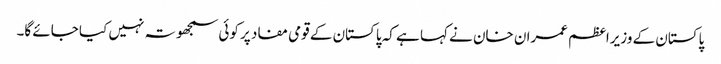
پاکستان کے وزیراعظم عمران خان نے کہا ہے کہ پاکستان کے قومی مفاد پر کوئی سمجھوتہ نہیں کیا جائے گا۔